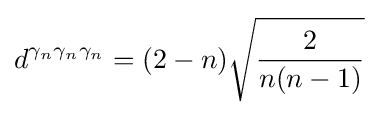
d^{\gamma _{n}\gamma _{n}\gamma _{n}}=(2-n){\sqrt {\frac {2}{n(n-1)}}}